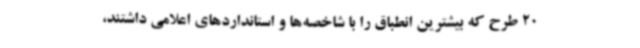
20 طرح که بیشترین انطباق را با شاخصه‌ها و استانداردهای اعلامی داشتند،